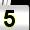
Digit: 5